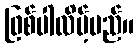
ဖြစ်ပါလိမ့်မည်။